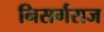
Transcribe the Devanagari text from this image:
निसर्गराज